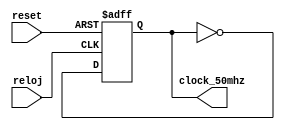
`timescale 1ns / 1ps
//////////////////////////////////////////////////////////////////////////////////
// Company: 
// Engineer: 
// 
// Design Name: 
// Module Name:    DivisorReloj50MHz 
// Project Name: 
// Target Devices: 
// Tool versions: 
// Description: 
//
// Dependencies: 
//
// Revision: 
// Revision 0.01 - File Created
// Additional Comments: 
//
//////////////////////////////////////////////////////////////////////////////////
module DivisorReloj50MHz(
   reloj,
   clock_50mhz,
	reset
);

//Input Ports
input reloj;
input reset;

//Output Ports
output clock_50mhz;

//Input Data Type
wire reloj;
wire reset;

//Output Data Type
reg clock_50mhz = 0;

//Others
wire temporal;

//----------------------CODE -----------------
always @(posedge reloj,posedge reset)

	if(reset) begin
		clock_50mhz <= 1'b0;
	end else begin
		clock_50mhz <= temporal;
	end
	
assign temporal = ~clock_50mhz;

endmodule